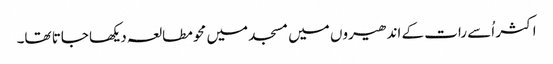
اکثر اُسے رات کے اندھیروں میں مسجد میں محو مطالعہ دیکھا جاتا تھا۔